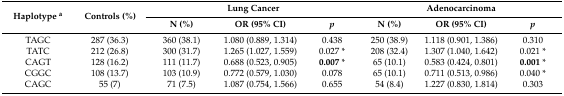
<table><thead><tr><td rowspan="2"><b>Haplotype <sup>a</sup></b></td><td rowspan="2"><b>Controls (%)</b></td><td colspan="3"><b>Lung Cancer</b></td><td colspan="3"><b>Adenocarcinoma</b></td></tr><tr><td><b>N (%)</b></td><td><b>OR (95% CI)</b></td><td><b><i>p</i></b></td><td><b>N (%)</b></td><td><b>OR (95% CI)</b></td><td><b><i>p</i></b></td></tr></thead><tbody><tr><td>TAGC</td><td>287 (36.3)</td><td>360 (38.1)</td><td>1.080 (0.889, 1.314)</td><td>0.438</td><td>250 (38.9)</td><td>1.118 (0.901, 1.386)</td><td>0.310</td></tr><tr><td>TATC</td><td>212 (26.8)</td><td>300 (31.7)</td><td>1.265 (1.027, 1.559)</td><td>0.027 *</td><td>208 (32.4)</td><td>1.307 (1.040, 1.642)</td><td>0.021 *</td></tr><tr><td>CAGT</td><td>128 (16.2)</td><td>111 (11.7)</td><td>0.688 (0.523, 0.905)</td><td><b>0.007</b> *</td><td>65 (10.1)</td><td>0.583 (0.424, 0.801)</td><td><b>0.001</b> *</td></tr><tr><td>CGGC</td><td>108 (13.7)</td><td>103 (10.9)</td><td>0.772 (0.579, 1.030)</td><td>0.078</td><td>65 (10.1)</td><td>0.711 (0.513, 0.986)</td><td>0.040 *</td></tr><tr><td>CAGC</td><td>55 (7)</td><td>71 (7.5)</td><td>1.087 (0.754, 1.566)</td><td>0.655</td><td>54 (8.4)</td><td>1.227 (0.830, 1.814)</td><td>0.303</td></tr></tbody></table>